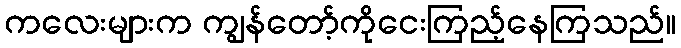
ကလေးများက ကျွန်တော့်ကိုငေးကြည့်နေကြသည်။